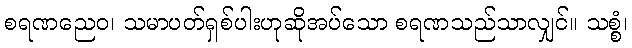
စရဏညေဝ၊ သမာပတ်ရှစ်ပါးဟုဆိုအပ်သော စရဏသည်သာလျှင်။ သစ္စံ၊